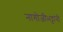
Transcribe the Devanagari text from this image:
नागोजीभट्टांनी